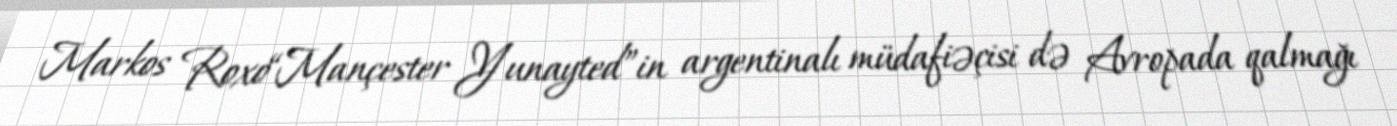
Markos Roxo“Mançester Yunayted”in argentinalı müdafiəçisi də Avropada qalmağı